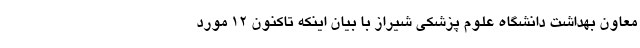
معاون بهداشت دانشگاه علوم پزشکی شیراز با بیان اینکه تاکنون ۱۲ مورد